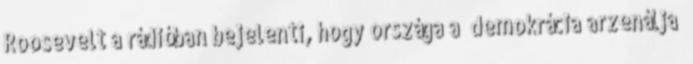
Roosevelt a rádióban bejelenti, hogy országa a „demokrácia arzenálja”